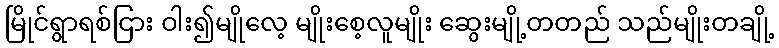
မြိုင်ရွာရစ်ငြား ဝါး၍မျိုလေ့ မျိုးစေ့လူမျိုး ဆွေးမျို့တတည် သည်မျိုးတချို့